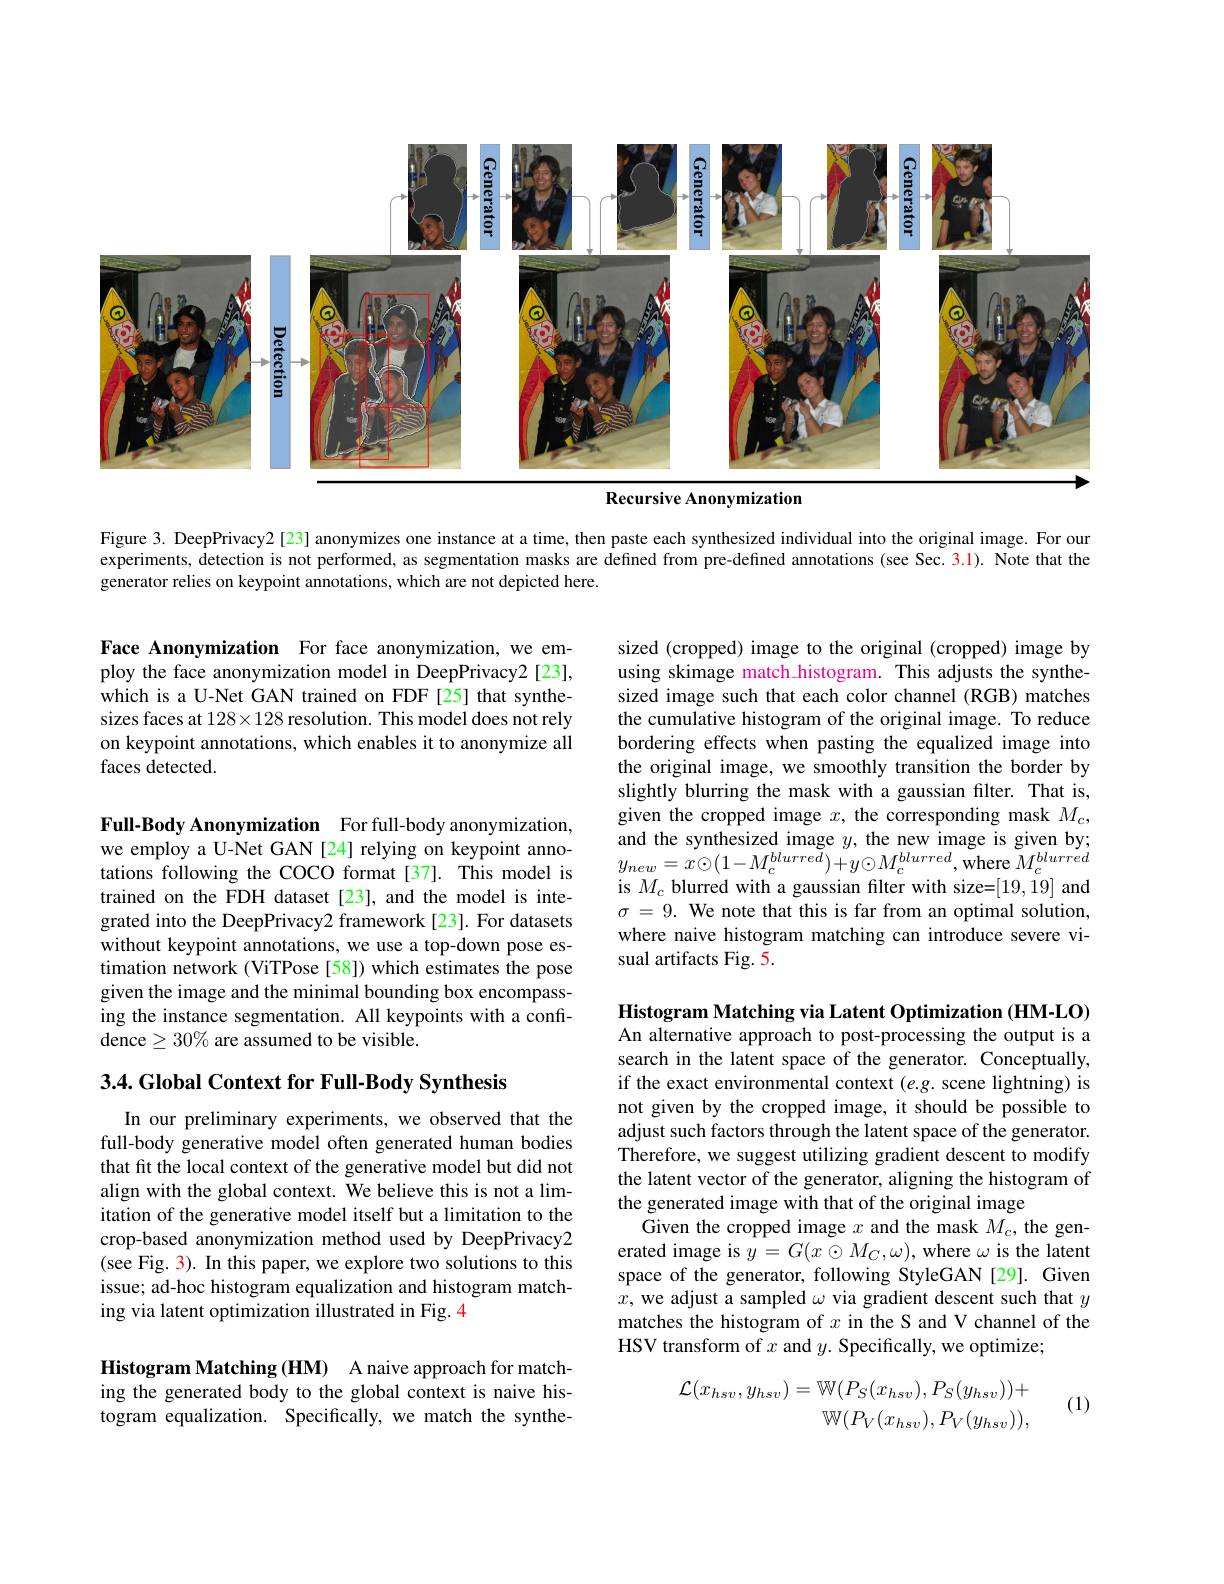
<FigureHere>
Anonymization

Figure 3. DeepPrivacy2[23] anonymizes one instance at a time, then paste each synthesized individual into the original image. For our experiments, detection is not performed, as segmentation masks are defined from pre-defined annotations (see Sec.3.1). Note that the generator relies on keypoint annotations, which are not depicted here.

sized (cropped) image to the original (cropped) image by using skimage match\_histogram. This adjusts the synthesized image such that each color channel (RGB) matches the cumulative histogram of the original image. To reduce bordering effects when pasting the equalized image into the original image, we smoothly transition the border by slightly blurring the mask with a gaussian filter. That is, given the cropped image $x$, the corresponding mask $M_c$, and the synthesized image $y$, the new image is given by; $y_{new}=x\odot(1-M_{c}^{blurre\tilde{d}})+y\odot M_{c}^{blurred}$,where $M_{c}^{blurred}$ is $M_{c}$ blurred with a gaussian filter with size=[19,19] and $\sigma=9.$ We note that this is far from an optimal solution, where naive histogram matching can introduce severe visual artifacts Fig. 5.

Face Anonymization For face anonymization, we employ the face anonymization model in DeepPrivacy2 [23], which is a U-Net GAN trained on FDF[25] that synthesizes faces at $128\times128$ resolution. This model does not rely on keypoint annotations, which enables it to anonymize all faces detected.

Full-Body Anonymization For full-body anonymization, we employ a U-Net GAN [24] relying on keypoint annotations following the COCO format[37]. This model is trained on the FDH dataset[23], and the model is integrated into the DeepPrivacy2 framework [23]. For datasets without keypoint annotations, we use a top-down pose estimation network (ViTPose [58]) which estimates the pose given the image and the minimal bounding box encompassing the instance segmentation. All keypoints with a confidence$\geq30\%$ are assumed to be visible.

3.4. Global Context for Full-Body Synthesis

In our preliminary experiments, we observed that the full-body generative model often generated human bodies that fit the local context of the generative model but did not align with the global context. We believe this is not a limitation of the generative model itself but a limitation to the crop-based anonymization method used by DeepPrivacy2 (see Fig. 3). In this paper, we explore two solutions to this issue; ad-hoc histogram equalization and histogram matching via latent optimization illustrated in Fig. 4

Histogram Matching (HM) A naive approach for matching the generated body to the global context is naive histogram equalization. Specifically, we match the synthe-

Histogram Matching via Latent Optimization (HM-LO) An alternative approach to post-processing the output is a search in the latent space of the generator. Conceptually, if the exact environmental context (e.g. scene lightning) is not given by the cropped image, it should be possible to adjust such factors through the latent space of the generator. Therefore, we suggest utilizing gradient descent to modify the latent vector of the generator, aligning the histogram of the generated image with that of the original image
Given the cropped image $x$ and the mask $M_c$, the generated image is $y=G(x\odot M_C,\omega)$, where $\omega$ is the latent space of the generator, following StyleGAN[29]. Given $x$, we adjust a sampled $\omega$ via gradient descent such that $y$ matches the histogram of $x$ in the S and V channel of the HSV transform of $x$ and $y.$ Specifically, we optimize;

(1)
$$\begin{aligned}\mathcal{L}(x_{hsv},y_{hsv})=\mathbb{W}(P_{S}(x_{hsv}),P_{S}(y_{hsv}))+\\\mathbb{W}(P_{V}(x_{hsv}),P_{V}(y_{hsv})),\end{aligned}$$